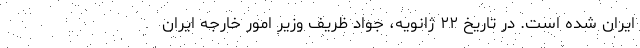
ایران شده است. در تاریخ ۲۲ ژانویه، جواد ظریف وزیر امور خارجه ایران